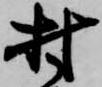
村